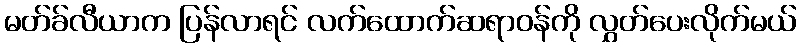
မတ်ခ်လီယာက ပြန်လာရင် လက်ထောက်ဆရာဝန်ကို လွှတ်ပေးလိုက်မယ်